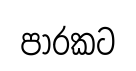
පාරකට